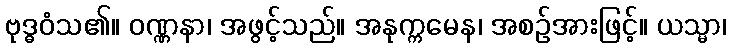
ဗုဒ္ဓဝံသ၏။ ဝဏ္ဏနာ၊ အဖွင့်သည်။ အနုက္ကမေန၊ အစဉ်အားဖြင့်။ ယသ္မာ၊